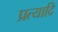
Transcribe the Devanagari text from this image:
प्रत्यादि